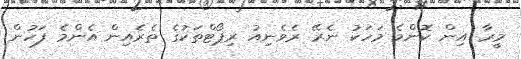
މީރާ އިން ކޮންމެ މަހަކު ނެރޭ ރެވެނިއު ރިޕޯޓްތަކުގެ ތެރެއިން އެންމެ ފަހުން